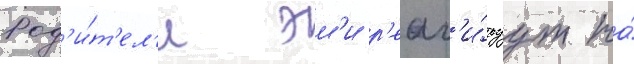
Род'и́т'ел'и эм'и р'еаг'и́руут на́